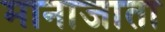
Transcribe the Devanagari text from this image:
मानाजाता